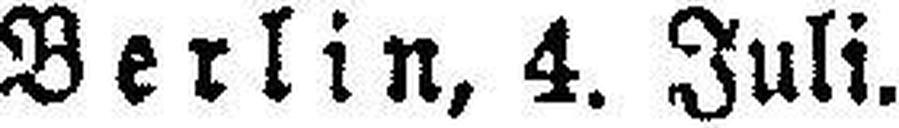
Berlin, 4. Juli.